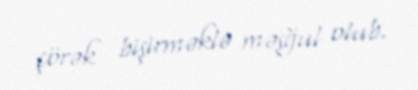
çörək bişirməklə məşğul olub.